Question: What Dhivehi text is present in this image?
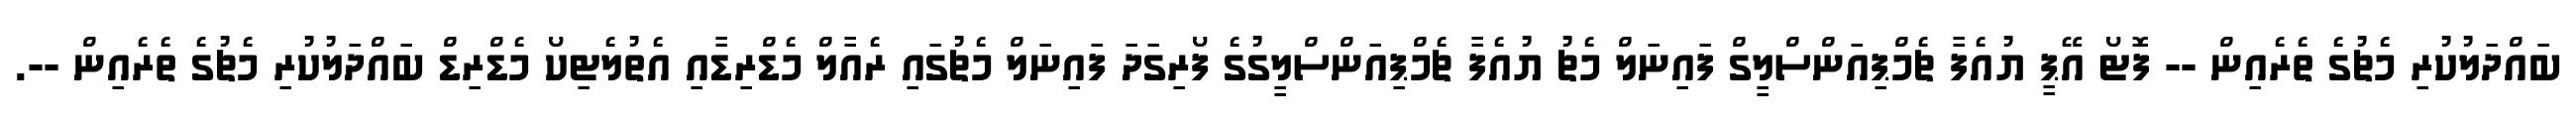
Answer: ބައްދަލުކުރި މެޗުގެ ތެރެއިން -- ފޮޓޯ އޭޕީ ޔުއެފާ ޗެމްޕިއަންސްލީގް ފައިނަލް މެޗު ޔުއެފާ ޗެމްޕިއަންސްލީގުގެ ފޯރިގަދަ ފައިނަލް މެޗުގައި ރެއާލް މެޑްރިޑާއި އެތުލެޓިކޯ މެޑްރިޑް ބައްދަލުކުރި މެޗުގެ ތެރެއިން --.